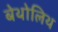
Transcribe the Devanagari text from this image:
बेथोलिथ